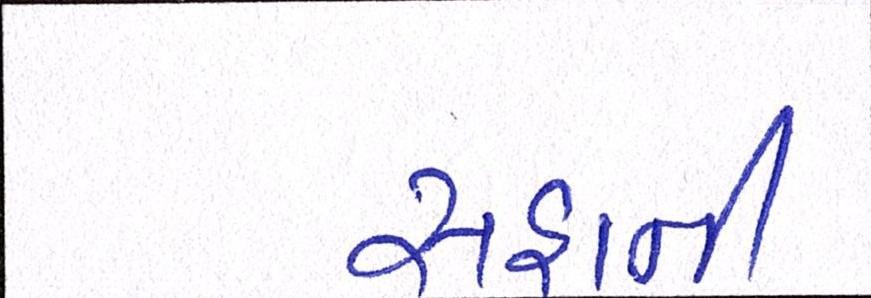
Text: સહાની